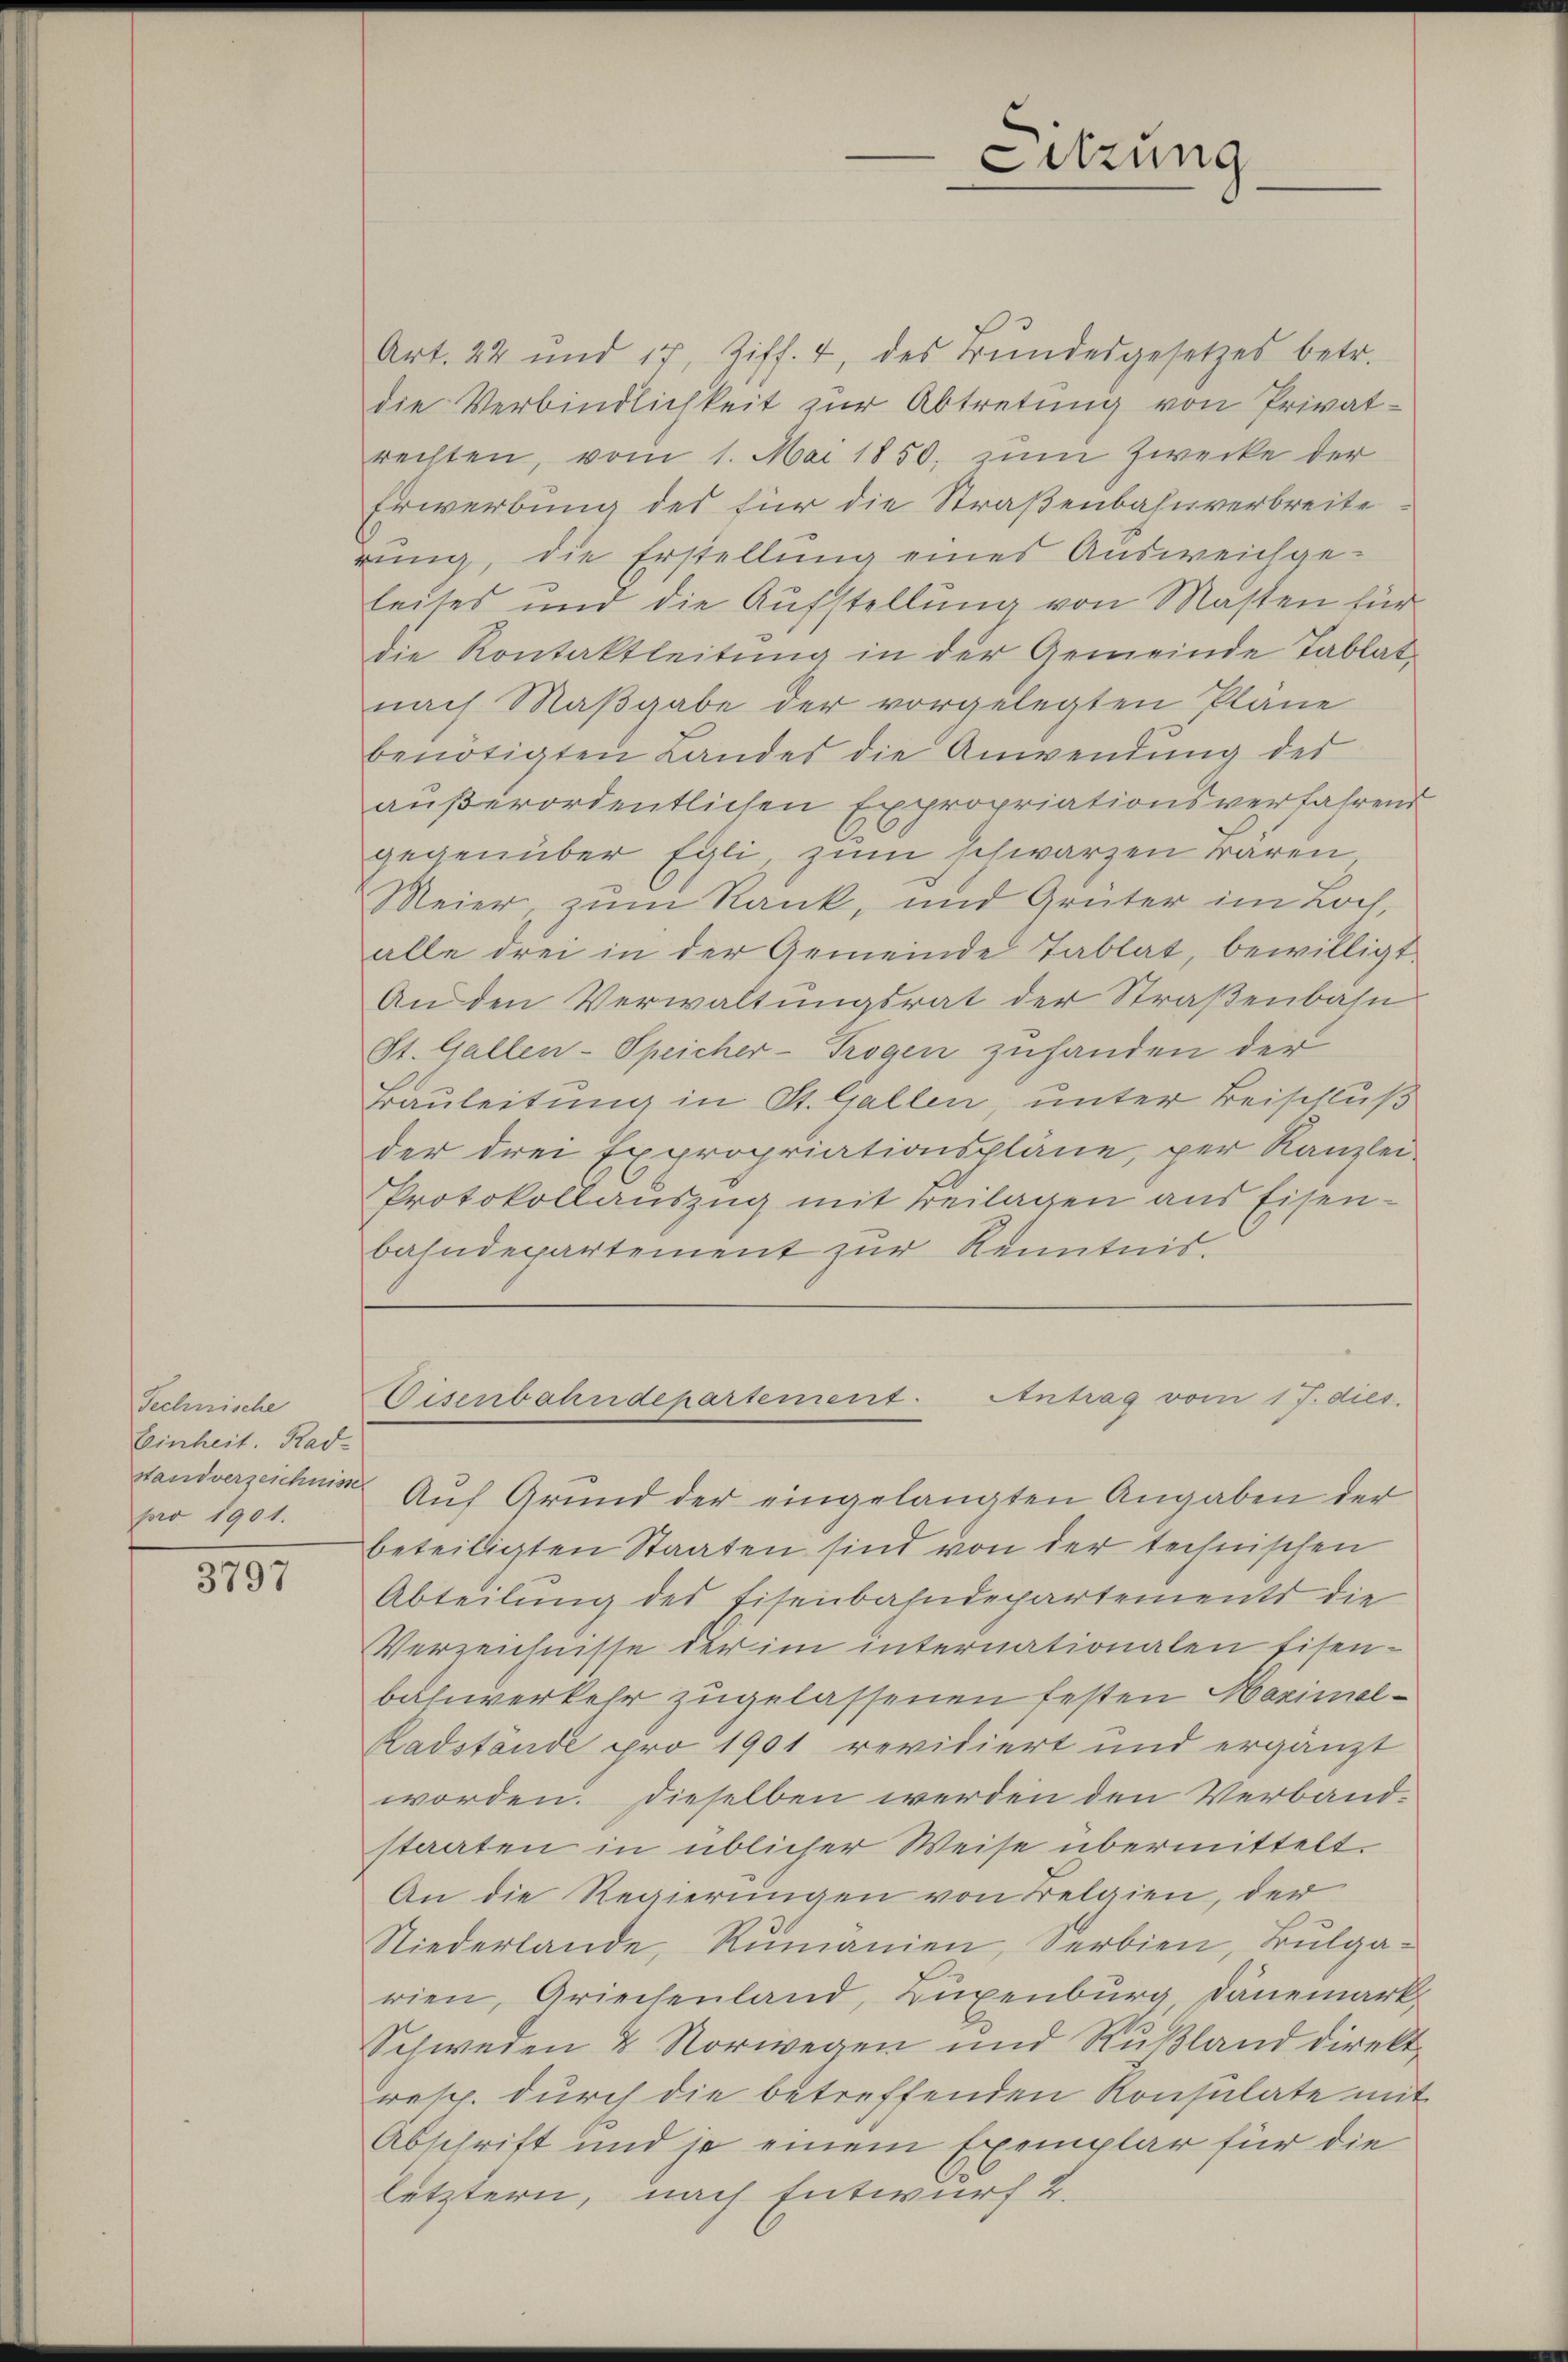
Technische
Einheit. Rad-
standverzeichnisse
pro 1901.

3797

Art. 22 und 17, Ziff. 4, des Bŭndesgesetzes betr.
die Verbindlichkeit zur Abtretung von Privatrechten, vom 1. Mai 1850, zum Zwecke der
Erwerbung des für die Straßenbahnverbreite
ing, die Erstellung eines Ausweichgeleites und die Aufstellung von Masten für
die Kontaktleitung in der Gemeinde Tablatnach Maßgabe der vorgelegten Plane
benötigten Landes die Anwendung der
außerordentlichen Expropriationsverfahrend
gegenüber Egli, zum schwarzen waren.
Meier, zum Rank, und Grüter im Loch,
alle drei in der Gemeinde Tablat, bewilligt.
An den Verwaltungsrat der Straßenbahn
St. Gallen-Speicher-Trogen zuhanden der
rauleitung in St. Gallen, unter Beischluß
der drei Expropriationspläne, per Kanzlei-
Protokollauszug mit Beilagen aus Eisen-
bahndepartement zur Kenntnis.
Disenbahndepartement. Antrag vom 17. dies
Auf Grund der eingelangten Angaben der
beteiligten Staaten sind von der technischen
Abteilung des Eisenbahndepartements die
Verzeichnisse der im internationalen Eisenbahnverkehr zugelassenen festen Maximal-
Radstände pro 1901 revidiert und ergänzt
worden. Dieselben werden den Verbandstaaten in üblicher Weise übermittelt.
An die Regierungen von Belgien, der
Niederlande, Rumanien, Serbien Bulgarien, Griechenland, Luxenburg, Dänemark.
Schweden & Vorwegen und Rußland direkt
resp. durch die betreffenden Konsulate mit
Abschrift und je einem Exemplar für die
letztern, nach Entwurf 2.

Sitzung